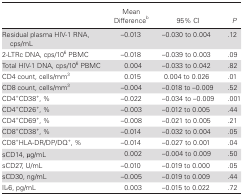
<table><thead><tr><td></td><td><b>Mean Difference<sup>b</sup></b></td><td><b>95% CI</b></td><td><b><i>P</i></b></td></tr></thead><tbody><tr><td>Residual plasma HIV-1 RNA, cps/mL</td><td>–0.013</td><td>–0.030 to 0.004</td><td>.12</td></tr><tr><td>2-LTRc DNA, cps/10<sup>6</sup> PBMC</td><td>–0.018</td><td>–0.039 to 0.003</td><td>.09</td></tr><tr><td>Total HIV-1 DNA, cps/10<sup>6</sup> PBMC</td><td> 0.004</td><td>–0.033 to 0.042</td><td>.82</td></tr><tr><td>CD4 count, cells/mm<sup>3</sup></td><td> 0.015</td><td> 0.004 to 0.026</td><td>.01</td></tr><tr><td>CD8 count, cells/mm<sup>3</sup></td><td>–0.004</td><td>–0.018 to –0.009</td><td>.52</td></tr><tr><td>CD4<sup>+</sup>CD38<sup>+</sup>, %</td><td>–0.022</td><td>–0.034 to –0.009</td><td>.001</td></tr><tr><td>CD4<sup>+</sup>CD26<sup>+</sup>, %</td><td>–0.003</td><td>–0.012 to 0.005</td><td>.44</td></tr><tr><td>CD4<sup>+</sup>CD69<sup>+</sup>, %</td><td>–0.008</td><td>–0.021 to 0.005</td><td>.21</td></tr><tr><td>CD8<sup>+</sup>CD38<sup>+</sup>, %</td><td>–0.014</td><td>–0.032 to 0.004</td><td>.05</td></tr><tr><td>CD8<sup>+</sup>HLA-DR/DP/DQ<sup>+</sup>, %</td><td>–0.014</td><td>–0.027 to 0.001</td><td>.04</td></tr><tr><td>sCD14, μg/mL</td><td> 0.002</td><td>–0.004 to 0.009</td><td>.50</td></tr><tr><td>sCD27, U/mL</td><td>–0.010</td><td>–0.019 to 0.000</td><td>.05</td></tr><tr><td>sCD30, ng/mL</td><td>–0.005</td><td>–0.019 to 0.009</td><td>.44</td></tr><tr><td>IL-6, pg/mL</td><td> 0.003</td><td>–0.015 to 0.022</td><td>.72</td></tr></tbody></table>